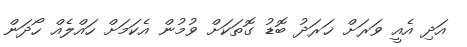
އަދި އެއީ ވަރަށް ޚަރަދު ބޮޑު ގޮތަކަށް ވުމުން އެކަމަށް ހައްލެއް ހޯދަން